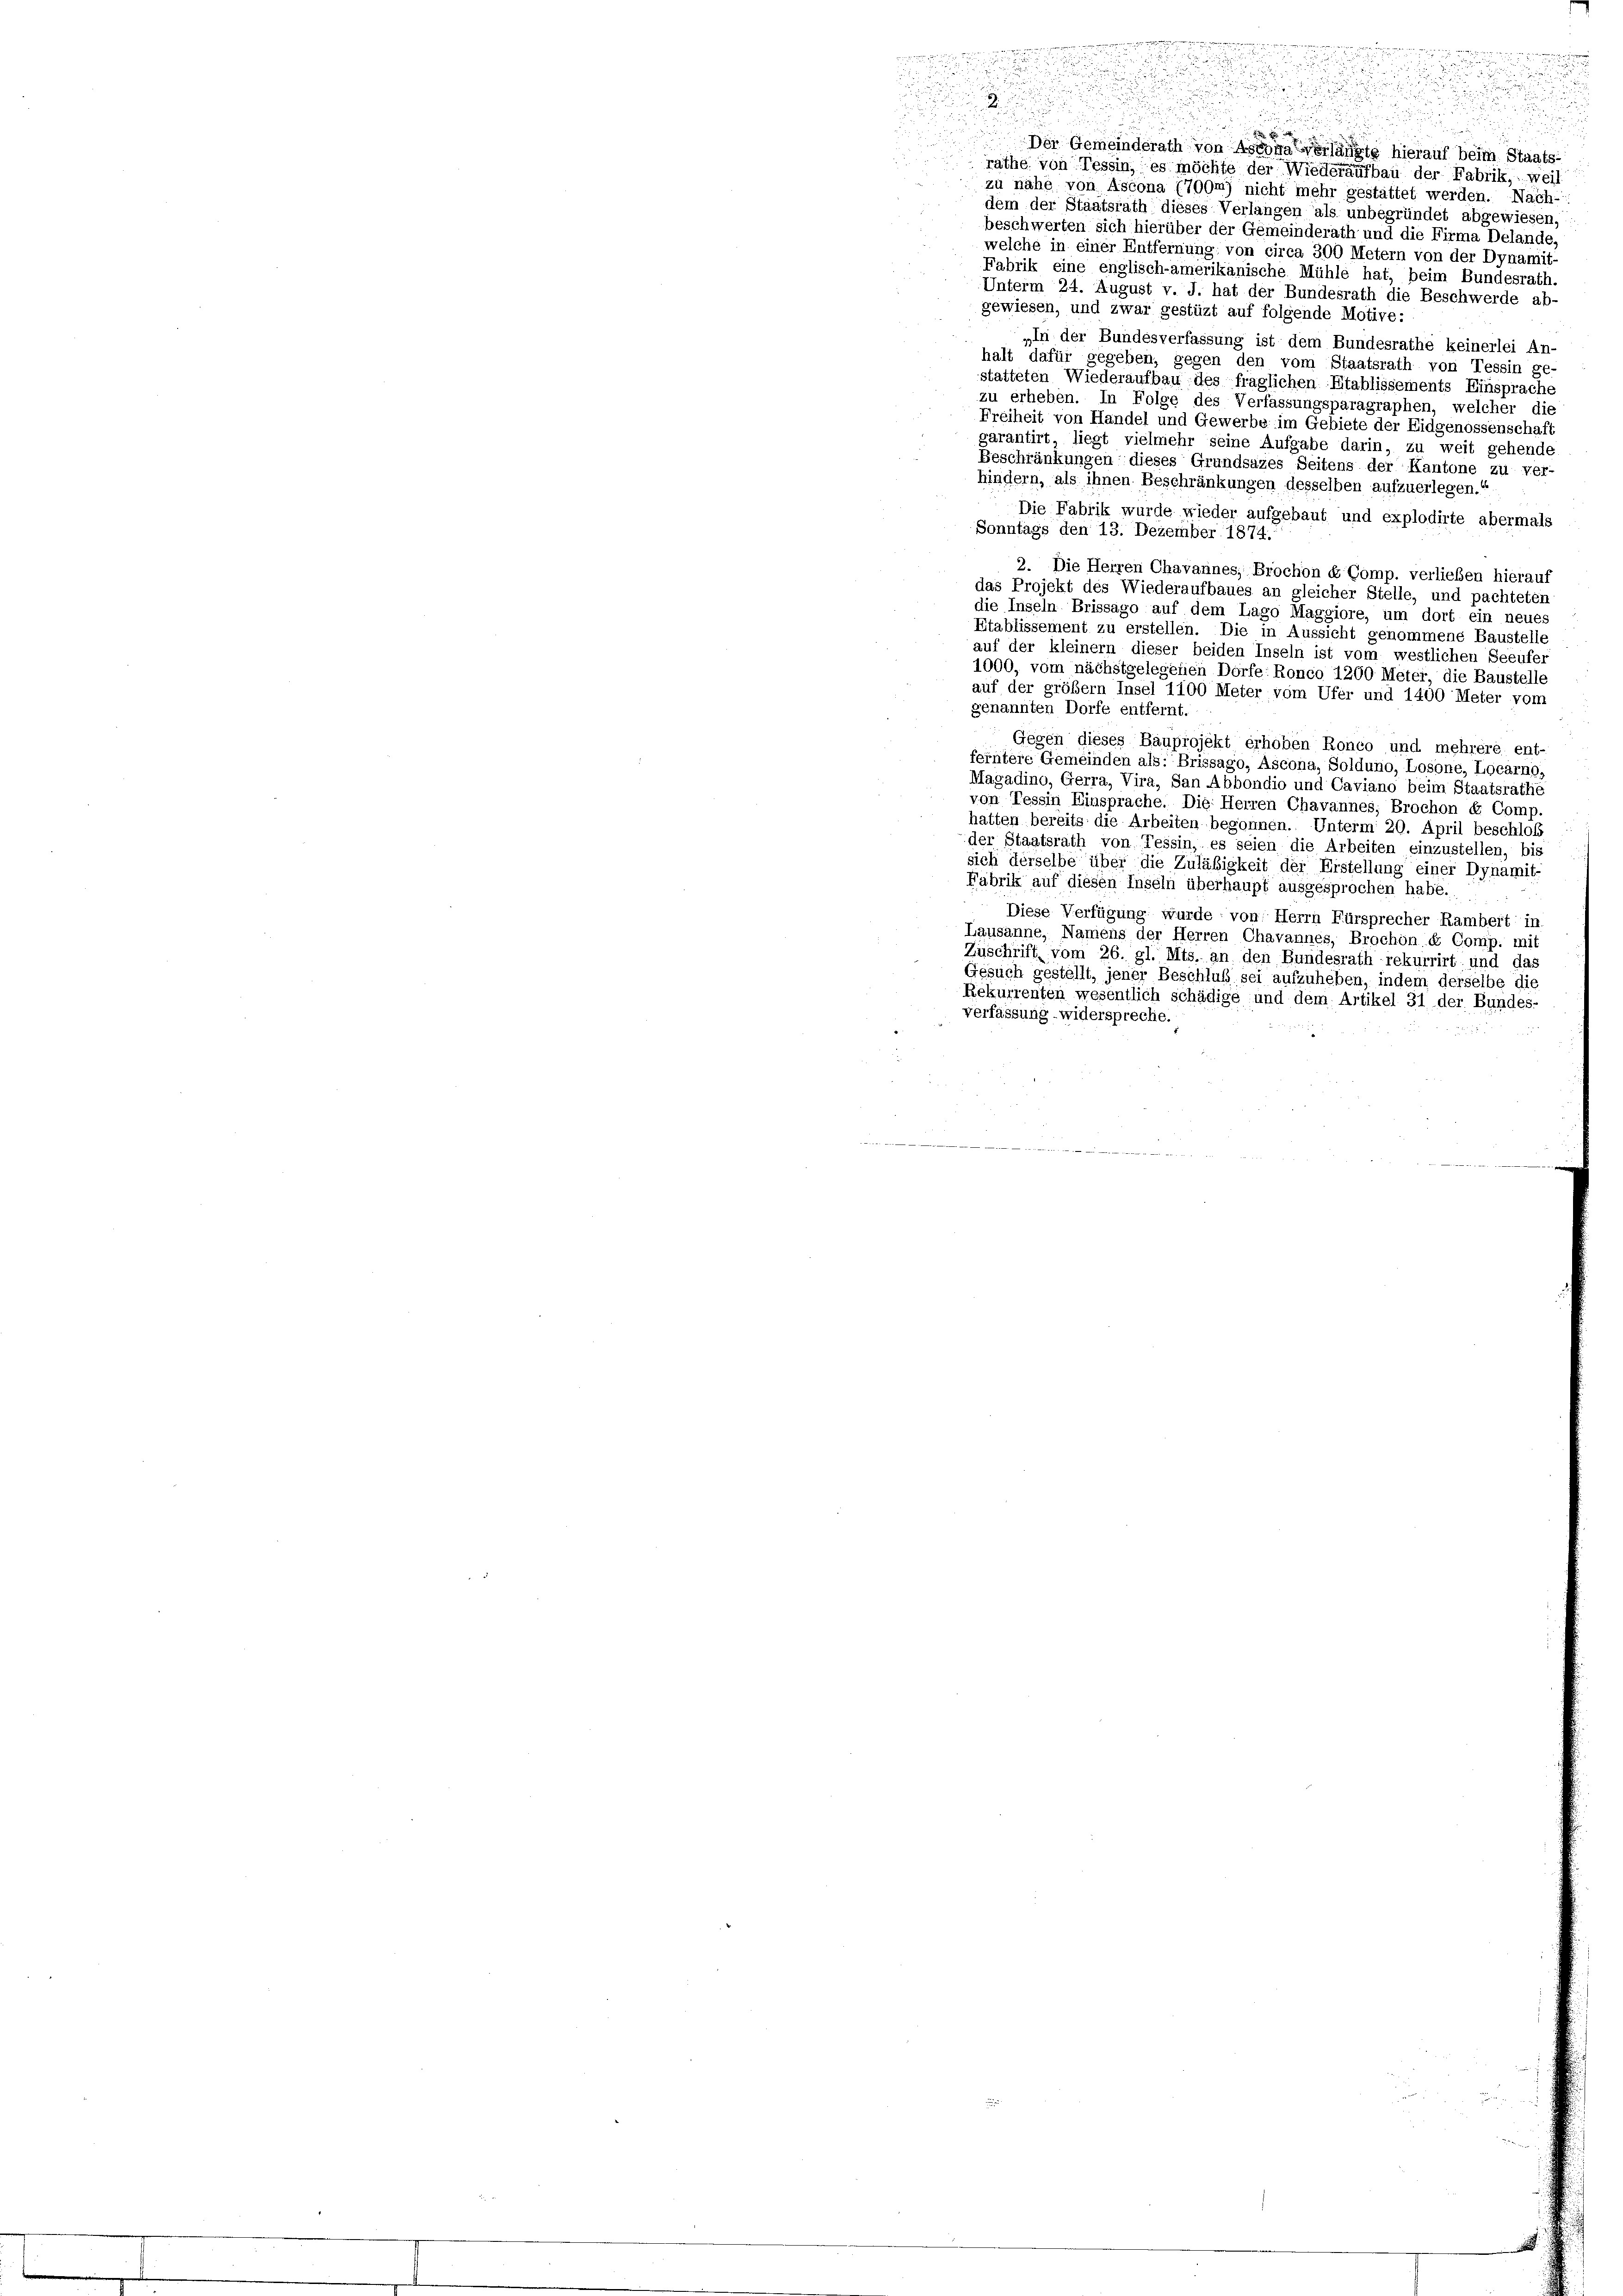
Der Gemeinderath von Assona verlängte hierauf beim Staats-
rathe von Tessin, es möchte der Wiederaufbau der Fabrik, weil
zu nähe von Ascona (709m) nicht mehr gestattet werden. Nach-
dem der Staatsrath dieses Verlangen als unbegründet abgewiesen,
beschwerten sich hierüber der Gemeinderath und die Firma Delande,
welche in einer Entfernung: von circa 300 Metern von der Dynamit
Fabrik eine englisch-amerikanische Mühle hat, beim Bundesrath.
Unterm 24. August v. J. hat der Bundesrath die Beschwerde ab-
gewiesen, und zwar gestüzt auf folgende Motive:
„In der Bundesverfassung ist dem Bundesrathe keinerlei An-
halt dafür gegeben, gegen den vom Staatsrath von Tessin ge-
statteten Wiederaufbau des fraglichen Etablissements Einsprache
zu erheben. In Folge des Verfassungsparagraphen, welcher die
Freiheit von Handel und Gewerbe im Gebiete der Eidgenossenschaf
garantirt, liegt vielmehr seine Aufgabe darin, zu weit gehende
Beschränkungen dieses Grundsazes Seitens der Kantone zu ver-
hindern, als ihnen Beschränkungen desselben aufzuerlegen.“
Die Fabrik wurde wieder aufgebaut und explodirte abermals
Sonntags den 13. Dezember 1874.
2. Die Herren Chavannes, Brochon de Comp. verließen hierauf
das Projekt des Wiederaufbaues an gleicher Stelle, und pachteten
die Inseln Brissago auf dem Lago Maggiore, um dort ein neues
Etablissement zu erstellen. Die in Aussieht genommene Baustelle
auf der kleinern dieser beiden Inseln ist vom westlichen Seeufer
1000, vom nächstgelegenen Dörfe: Ronco 1200 Meter, die Baustelle
auf der größem Insel 1100 Meter vom Ufer und 1400 Meter vom
genannten Dorfe entfernt.
Gegen dieses Bauprojekt erhoben Ronco und mehrere, ent-
ferntere Gemeinden als: Brissago, Ascona, Solduno, Losone, Locarno,
Magadino, Gerra, Vira, San Abbondio und Caviano beim Staatsrathe
von Tessin Einsprache. Die Herren Chavannes; Brochon de Comp.
hatten bereits die Arbeiten begonnen. Unterm 20. April beschloß
der Staatsrath von Tessin, es seien die Arbeiten einzustellen, bis
sich derselbe über die Zuläbigkeit der Erstellung einer Dynamit-
Fabrik auf diesen Inseln überhaupt ausgesprochen habe.
Diese Verfügung wurde : von: Herrn Fürsprecher Rambert in
Lausanne, Namens der Herren Chavannes, Brochöne Comp. mit
Zuschrift vom 26. gl. Mts. an den Bundesrath rekurrirt, und das
Gesuch gestellt, jener Beschluß sei aufzuheben, indem derselbe die
Rekurrenten wesentlich schädige und dem Artikel 31 der Bundes-
verfassung. widerspreche.
                       wieder hat in der die er milde des in die Gegensche
au

.
i
.
.
u